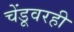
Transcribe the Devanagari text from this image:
चेंडूवरही